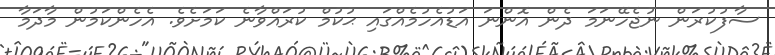
ސާފުކުރަން ނުޖެހޭނަމަ ދެން އޮންނަ އަޑުއެހުމެއްގައި ޙުކުމް ކުރައްވާނެ ކަމަށެވެ. އެހެންކަމުން މާދަމާ